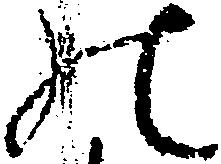
の